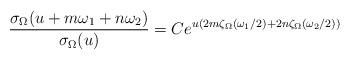
LaTeX: \begin{align*}\frac{\sigma _\Omega (u+m\omega _1+n\omega _2)}{\sigma _\Omega (u)}=Ce^{u(2m\zeta _\Omega (\omega _1/2)+2n\zeta _\Omega (\omega _2/2))}\end{align*}